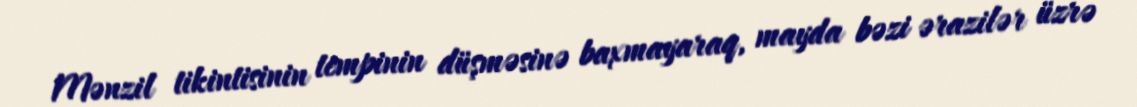
Mənzil tikintisinin tempinin düşməsinə baxmayaraq, mayda bəzi ərazilər üzrə